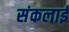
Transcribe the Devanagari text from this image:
संकलाई